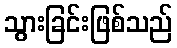
သွားခြင်းဖြစ်သည်